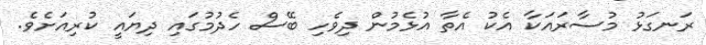
ރަނގަޅު މުސާރައަކާ އެކު އެތާ އުޅެމުން ދިވެހި ބޭސް ހެދުމުގައި ދިޔައީ ކުރިއަށެވެ.